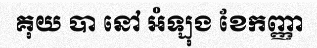
គុយ បា នៅ អំឡុង ខែកញ្ញា